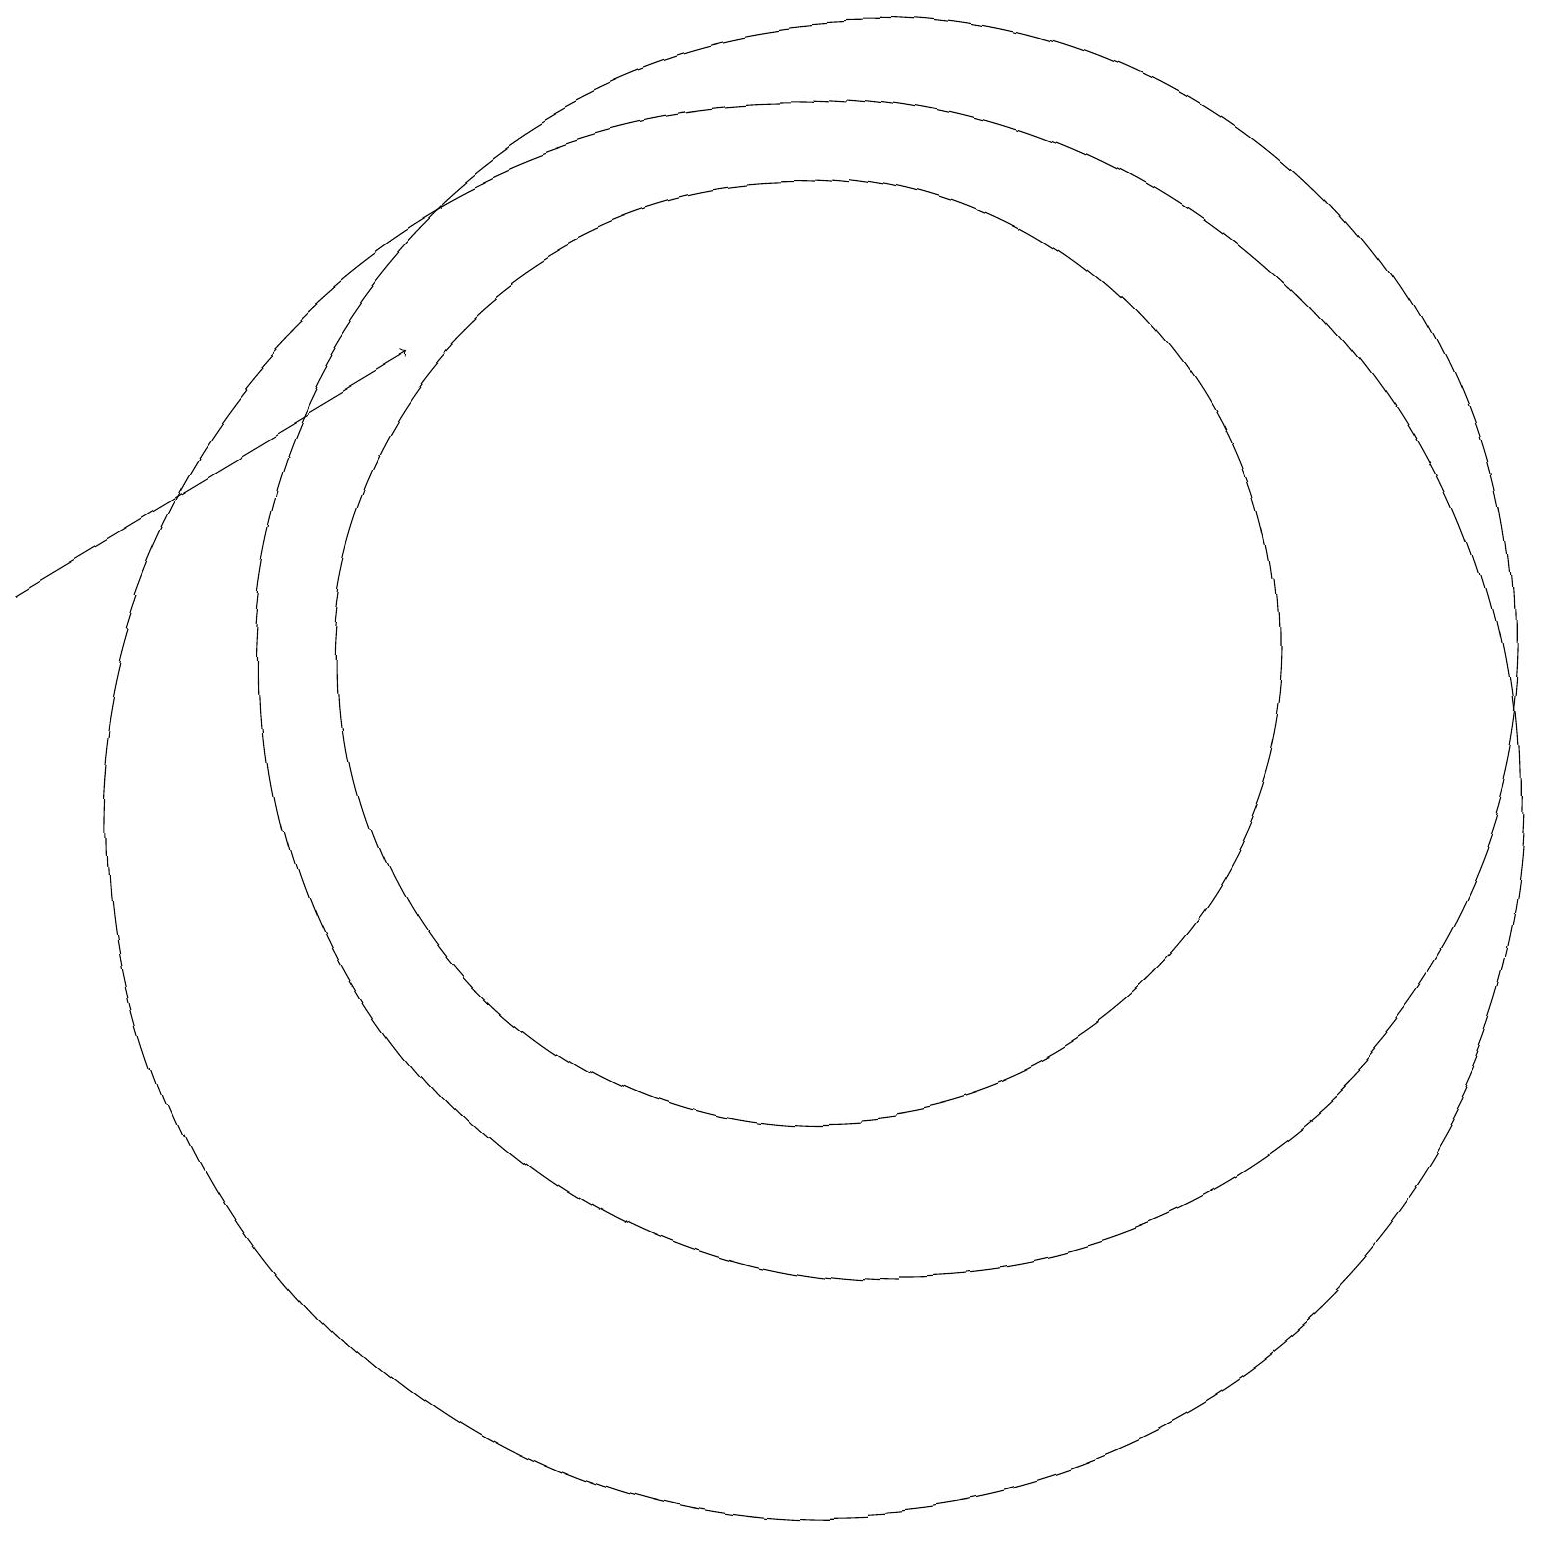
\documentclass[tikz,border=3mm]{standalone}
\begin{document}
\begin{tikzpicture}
\draw[->] (0,13) -- (5,16);
\draw (11,12) circle (8);
\draw (10,12) circle (6);
\draw (10,10) circle (9);
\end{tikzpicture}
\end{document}